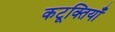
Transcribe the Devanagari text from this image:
कटूक्तियाँ